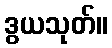
ဒွယသုတ်။